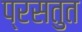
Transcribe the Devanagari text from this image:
प्रसतुत